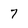
Character: 7